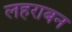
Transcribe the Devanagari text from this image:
लहराबन